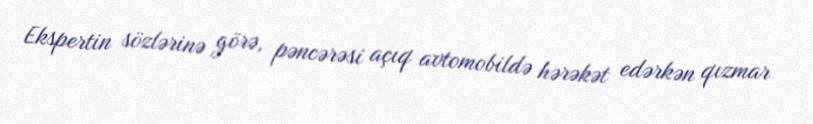
Ekspertin sözlərinə görə, pəncərəsi açıq avtomobildə hərəkət edərkən qızmar